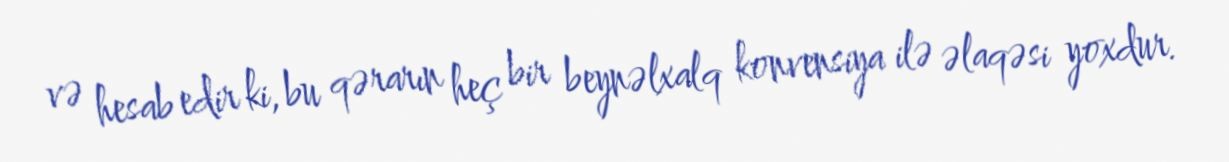
və hesab edir ki, bu qərarın heç bir beynəlxalq konvensiya ilə əlaqəsi yoxdur.